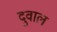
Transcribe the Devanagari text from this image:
दुवाल